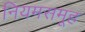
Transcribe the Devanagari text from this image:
नियमसमूह